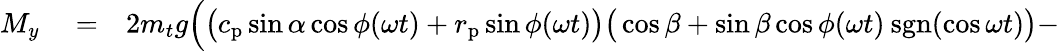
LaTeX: \begin{array}{rlr}{M_{y}}&{{}=}&{2m_{t}g\Big(\big(c_{\mathrm{p}}\sin\alpha\cos\phi(\omega t)+r_{\mathrm{p}}\sin\phi(\omega t)\big)\big(\cos\beta+\sin\beta\cos\phi(\omega t)\: \mathrm{sgn}(\cos\omega t)\big)-}\end{array}